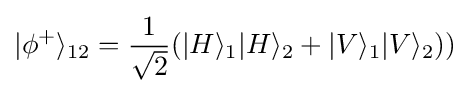
|\phi ^{+}\rangle _{12}={\frac {1}{\sqrt {2}}}(|H\rangle _{1}|H\rangle _{2}+|V\rangle _{1}|V\rangle _{2}))